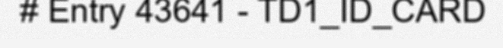
# Entry 43641 - TD1_ID_CARD